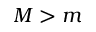
M > m